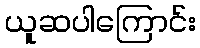
ယူဆပါကြောင်း